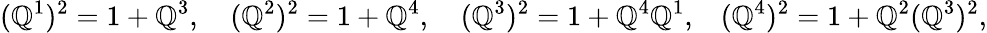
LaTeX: (\mathbb{Q}^{1})^{2}=1+\mathbb{Q}^{3},\quad(\mathbb{Q}^{2})^{2}=1+\mathbb{Q}^{4},\quad(\mathbb{Q}^{3})^{2}=1+\mathbb{Q}^{4}\mathbb{Q}^{1},\, \, \, \, \, (\mathbb{Q}^{4})^{2}=1+\mathbb{Q}^{2}(\mathbb{Q}^{3})^{2},